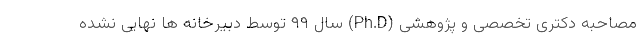
مصاحبه دکتری تخصصی و پژوهشی (Ph.D) سال ۹۹ توسط دبیرخانه ها نهایی نشده